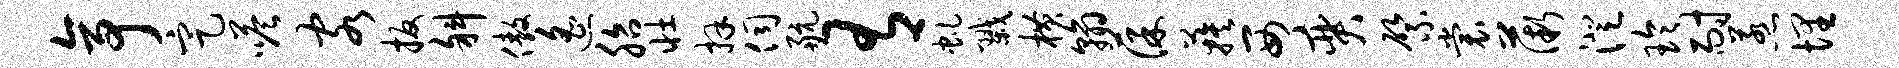
亭定嗒客扳斜傲遥胎壮拜伺航有虬戮横翰葆蔟西奕綮裳薇澄玲耐惹埋